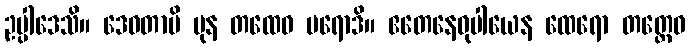
ဥပ္ပါဒေသိ။ ဒေဝတာပိ ပုန တထေဝ ပရောဒိ။ ဧတေနေဝုပါယေန ထေရော တတ္ထေဝ